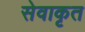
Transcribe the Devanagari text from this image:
सेवाकृत